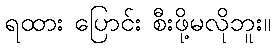
ရထား ပြောင်း စီးဖို့မလိုဘူး။